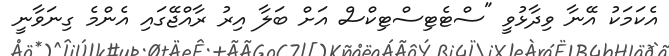
އެކަމަކު އޭނާ ވިދާޅުވީ "ސްޓެޓިސްޓިކްސް އަށް ބަލާ އިރު ރާއްޖޭގައި އެންމެ ގިނަވާނީ